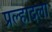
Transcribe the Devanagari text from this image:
प्रल्हादला